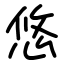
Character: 悠